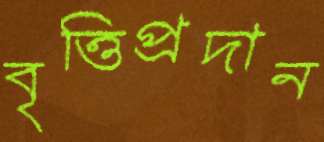
বৃত্তিপ্রদান